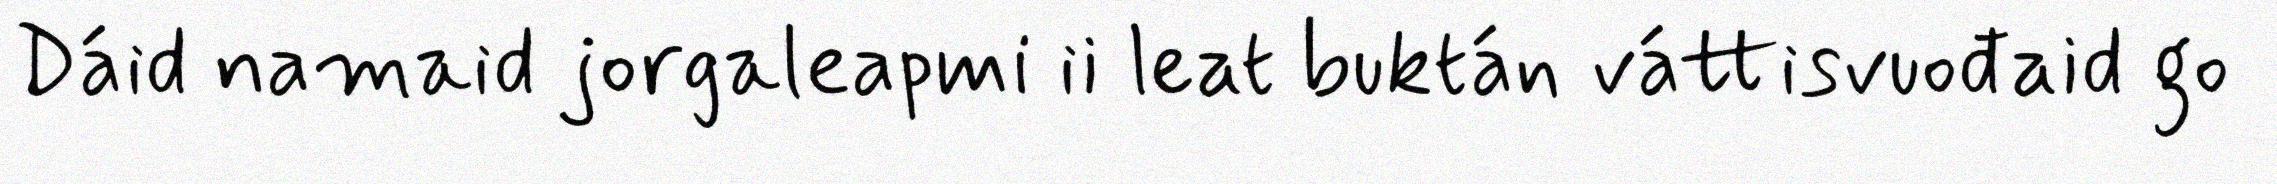
Dáid namaid jorgaleapmi ii leat buktán váttisvuođaid go